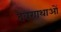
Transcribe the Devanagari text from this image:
देवगाथाओं